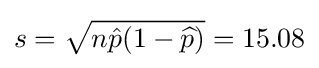
s={\sqrt {n{\hat {p}}(1-{\widehat {p}})}}=15.08